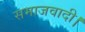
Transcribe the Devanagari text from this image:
समाजवादी।